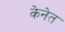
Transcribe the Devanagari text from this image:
केनेत